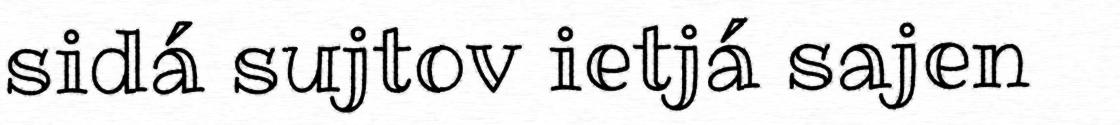
sidá sujtov ietjá sajen